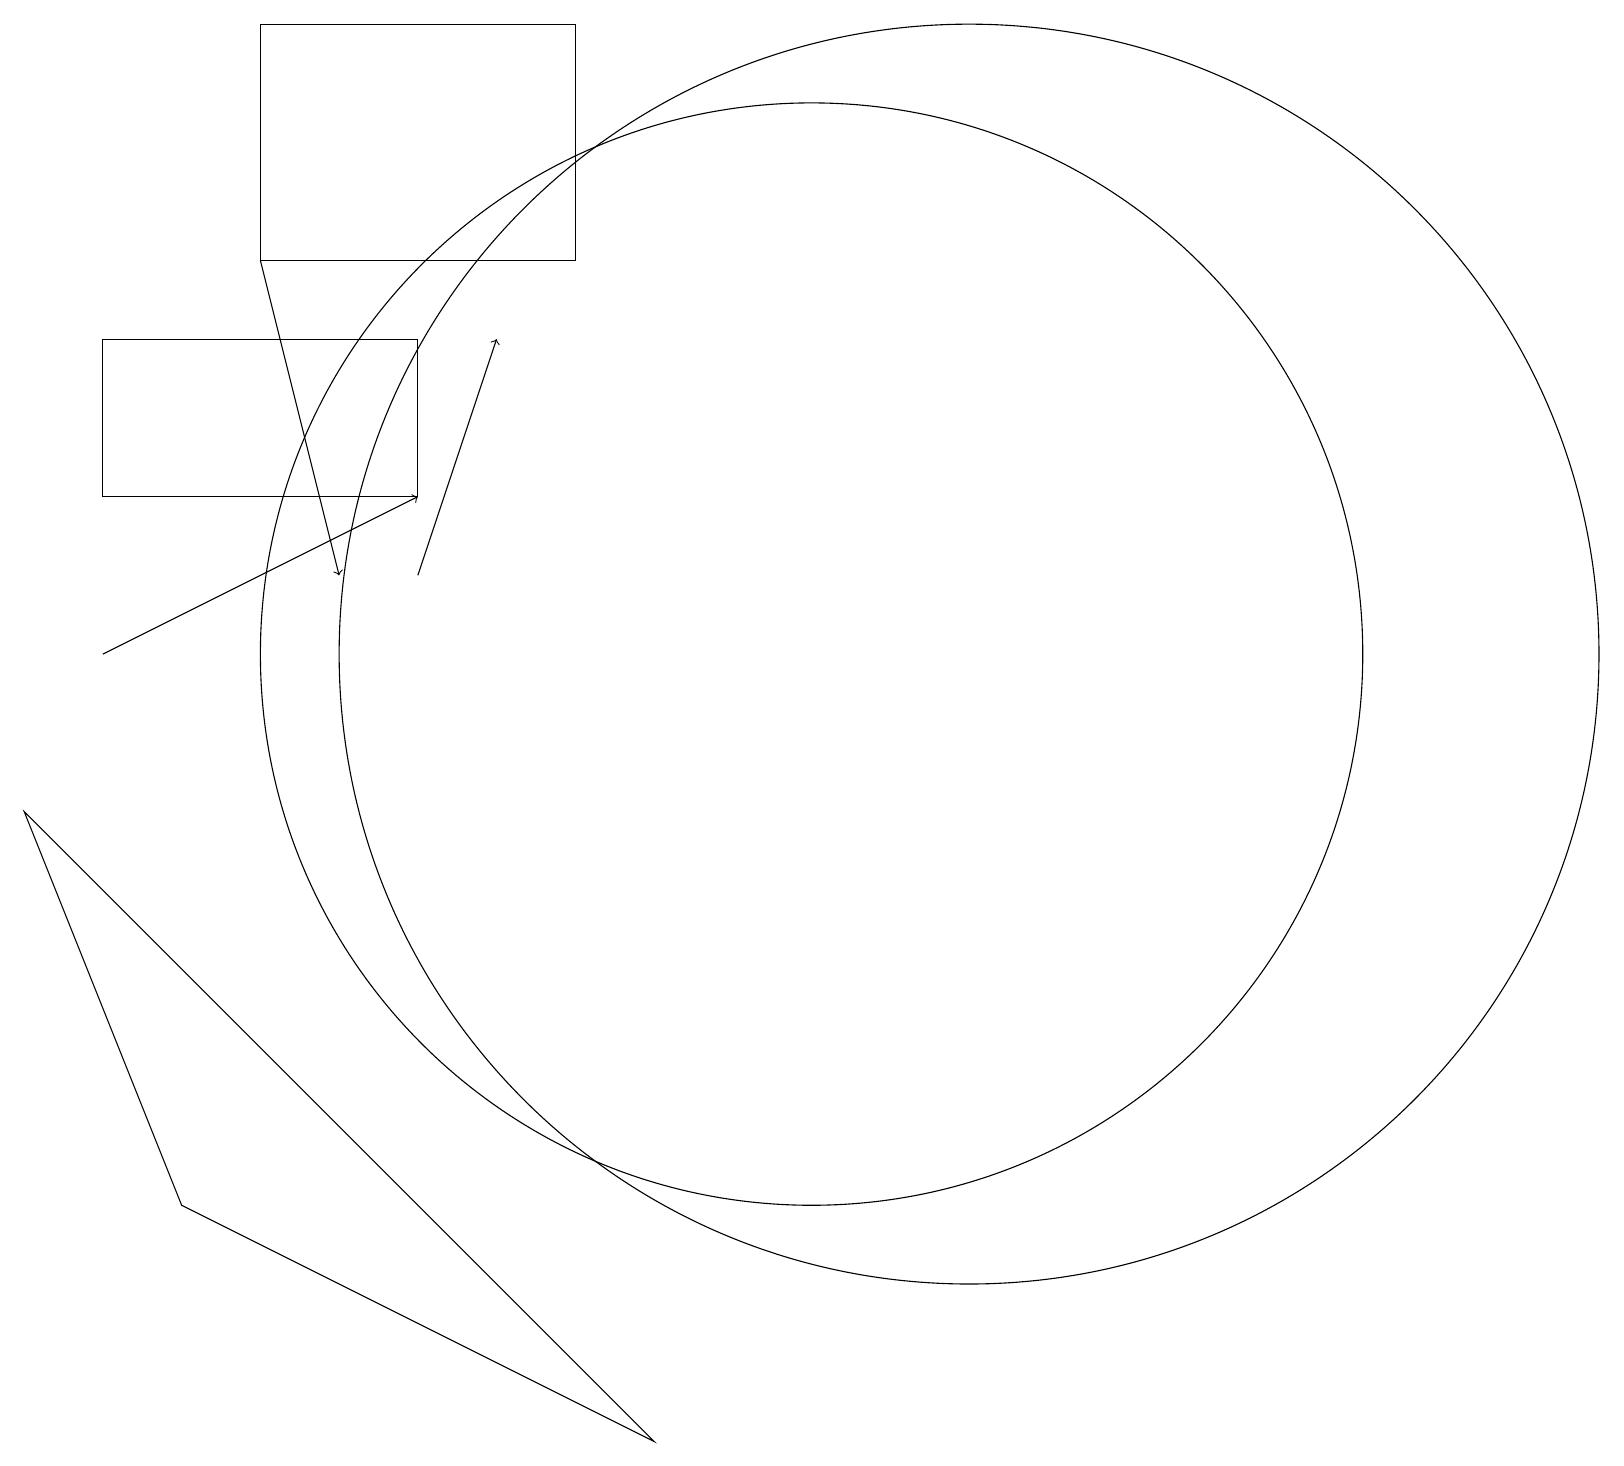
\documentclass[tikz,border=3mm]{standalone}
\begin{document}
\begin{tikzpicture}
\draw[->] (5,11) -- (6,14);
\draw (1,14) rectangle (5,12);
\draw (12,10) circle (8);
\draw (2,3) -- (0,8) -- (8,0) -- cycle;
\draw (7,18) rectangle (3,15);
\draw (10,10) circle (7);
\draw[->] (1,10) -- (5,12);
\draw[->] (3,15) -- (4,11);
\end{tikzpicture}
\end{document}